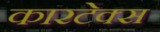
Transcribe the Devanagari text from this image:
कारटेक्स